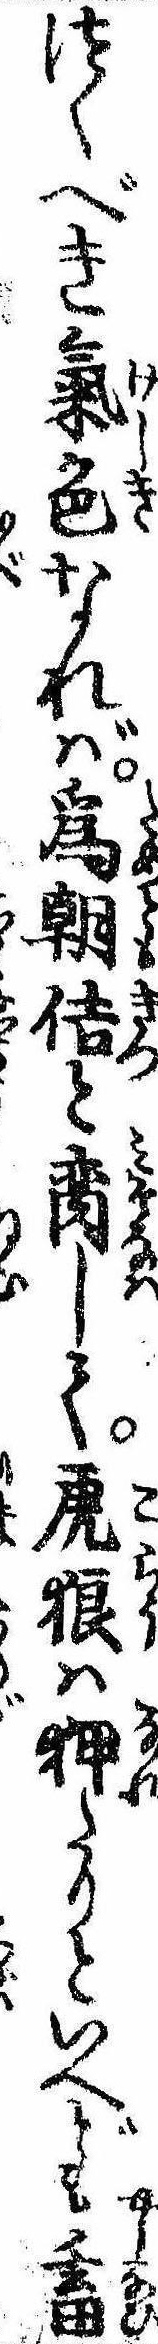
つくべき気色なれば為朝佶と脔して虎狼は狎たりといへども畜